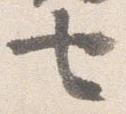
七